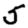
Digit: 5